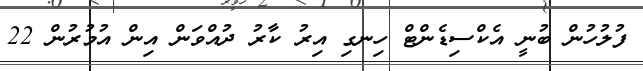
ފުލުހުން ބުނީ އެކްސިޑެންޓް ހިނގި އިރު ކާރު ދުއްވަން އިން އުމުރުން 22